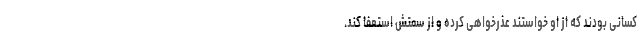
کسانی بودند که از او خواستند عذرخواهی کرده و از سمتش استعفا کند.